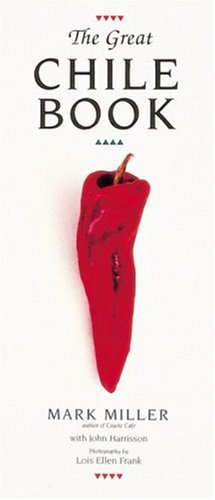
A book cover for The Great Chile Book; Mark Miller; Cookbooks, Food & Wine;